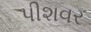
પીશવર